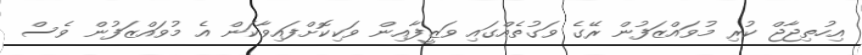
އިހުތިޖާޖް ކުރި މުވައްޒަފުން ރޭގެ ވަގުތެއްގައި ވަޒީފާއިން ވަކިކޮށްފައިވާކަން އެ މުވައްޒަފުން ވެސް